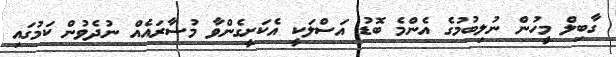
ގާބިލް މީހުން ނުލިބުމުގެ އެންމެ ބޮޑު އަސްލަކީ އެކަށީގެންވާ މުސާރައެއް ނުދެވުން ކަމުގައި